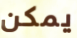
يمكن